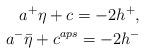
LaTeX: \begin{align*}a^+\eta+c=-2h^+,\\a^-\bar{\eta}+c^{aps}=-2h^-\end{align*}